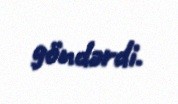
göndərdi.